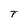
Character: T